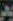
يحي